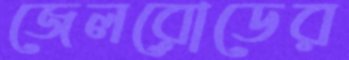
জেলরোডের